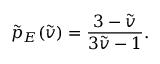
\tilde { p } _ { E } ( \tilde { v } ) = \frac { 3 - \tilde { v } } { 3 \tilde { v } - 1 } .